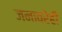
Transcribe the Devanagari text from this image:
जनावरेही